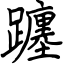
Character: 躔